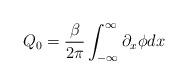
LaTeX: \begin{align*}Q_0=\frac{\beta}{2\pi}\int^{\infty}_{-\infty}\partial_x\phi dx\end{align*}